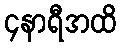
၄နာရီအထိ